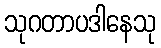
သုဂတာပဒါနေသု